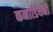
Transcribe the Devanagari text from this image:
कनाडियनों